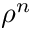
\rho ^ { n }